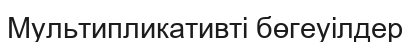
Мультипликативті бөгеуілдер